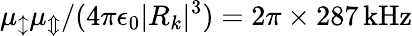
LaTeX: \mu_{\updownarrow}\mu_{\Updownarrow}/(4\pi\epsilon_{0}|R_{k}|^{3})=2\pi\times 287\, \mathrm{kHz}